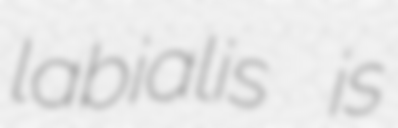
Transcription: labialis is